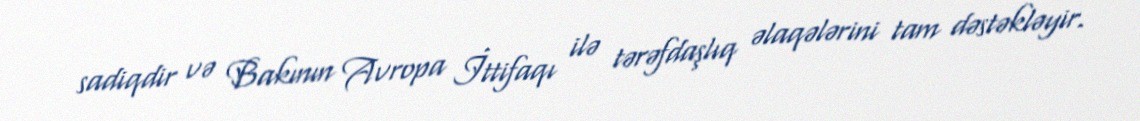
sadiqdir və Bakının Avropa İttifaqı ilə tərəfdaşlıq əlaqələrini tam dəstəkləyir.